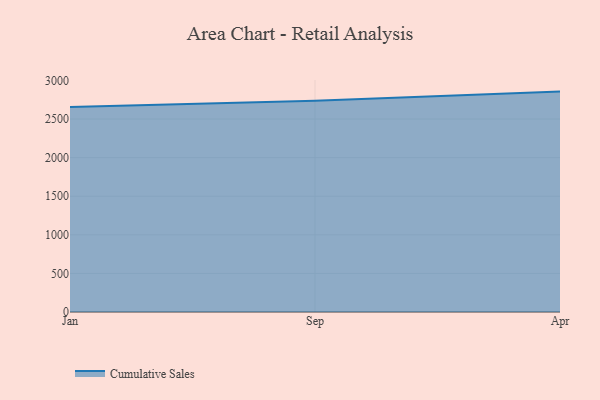
{"axis": {"x": "Month", "y": "Population (Million)"}, "legend": ["Cumulative Sales"], "data": [{"x": "Jan", "y": 2657.6, "type": "Cumulative Sales"}, {"x": "Sep", "y": 2735.5, "type": "Cumulative Sales"}, {"x": "Apr", "y": 2855.6, "type": "Cumulative Sales"}]}